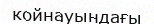
койнауындағы